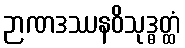
ဉာဏဒဿနဝိသုဒ္ဓတ္ထံ